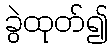
ခွဲထုတ်၍